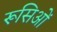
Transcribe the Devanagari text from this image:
रूसिओं